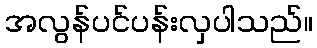
အလွန်ပင်ပန်းလှပါသည်။